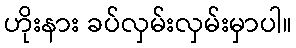
ဟိုးနား ခပ်လှမ်းလှမ်းမှာပါ။